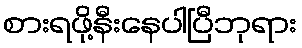
စားရဖို့နီးနေပါပြီဘုရား